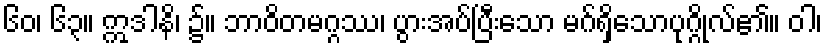
၆၀၊ ၆၃။ ဣဒါနိ၊ ၌။ ဘာဝိတမဂ္ဂဿ၊ ပွားအပ်ပြီးသော မဂ်ရှိသောပုဂ္ဂိုလ်၏။ ဝါ၊